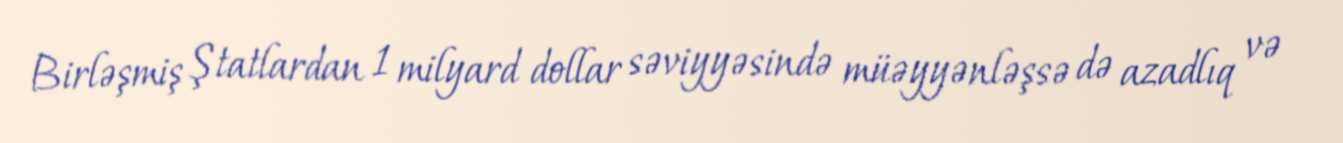
Birləşmiş Ştatlardan 1 milyard dollar səviyyəsində müəyyənləşsə də azadlıq və